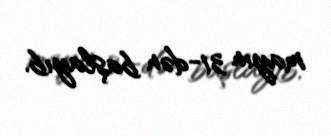
mayın 31-dən başlayıb.